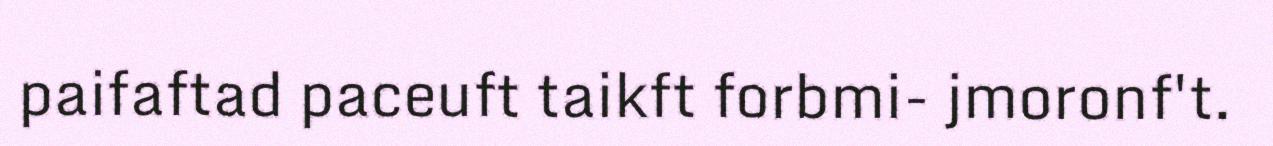
paifaftad paceuft taikft forbmi- jmoronf't.